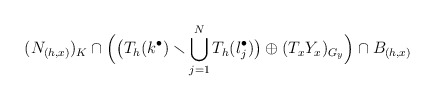
\begin{align*} (N_{(h,x)})_K \cap \Big( \big( T_h (k^\bullet ) \smallsetminus \bigcup_{j =1}^N T_h (l_j^\bullet) \big) \oplus (T_x Y_x)_{G_y} \Big) \cap B_{(h,x)}\end{align*}